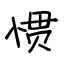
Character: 惯